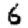
Digit: 6